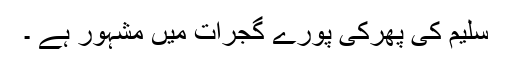
سلیم کی پھرکی پورے گجرات میں مشہور ہے ۔